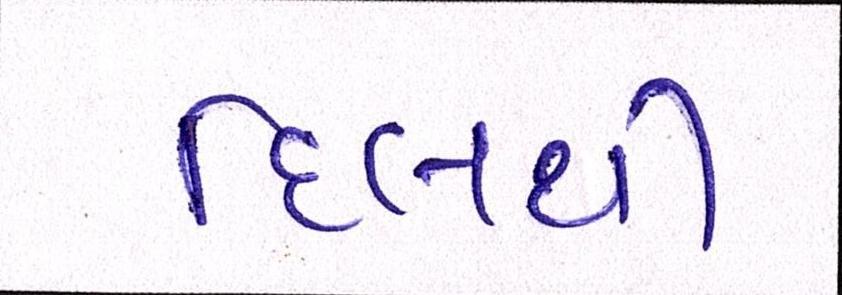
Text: દિલથી